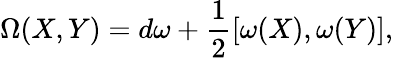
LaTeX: \Omega(X,Y)=d\omega+\frac{1}{2}[\omega(X),\omega(Y)],